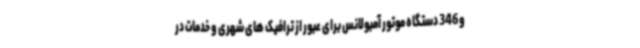
و 346 دستگاه موتور آمبولانس برای عبور از ترافیک های شهری و خدمات در